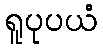
ရူပုပယံ